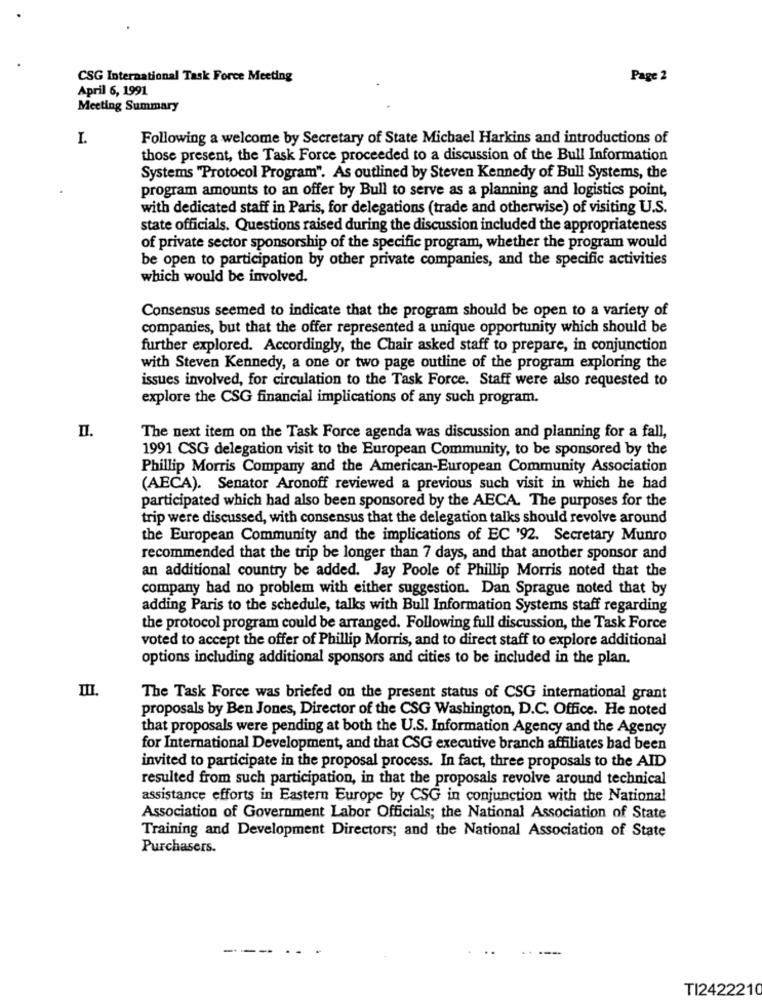
CSG International Task Force Meeting
Page 2
April 6, 1991
Meeting Summary
I.
Following a welcome by Secretary of State Michael Harkins and introductions of
those present, the Task Force proceeded to a discussion of the Bull Information
Systems "Protocol Program". As outlined by Steven Kennedy of Bull Systems, the
program amounts to an offer by Bull to serve as a planning and logistics point,
with dedicated staff in Paris, for delegations (trade and otherwise) of visiting U.S.
state officials. Questions raised during the discussion included the appropriateness
of private sector sponsorship of the specific program, whether the program would
be open to participation by other private companies, and the specific activities
which would be involved.
Consensus seemed to indicate that the program should be open to a variety of
companies, but that the offer represented a unique opportunity which should be
further explored. Accordingly, the Chair asked staff to prepare, in conjunction
with Steven Kennedy, a one or two page outline of the program exploring the
issues involved, for circulation to the Task Force. Staff were also requested to
explore the CSG financial implications of any such program.
The next item on the Task Force agenda was discussion and planning for a fall,
1991 CSG delegation visit to the European Community, to be sponsored by the
Phillip Morris Company and the American-European Community Association
(AECA). Senator Aronoff reviewed a previous such visit in which he had
participated which had also been sponsored by the AECA. The purposes for the
trip were discussed, with consensus that the delegation talks should revolve around
the European Community and the implications of EC '92. Secretary Munro
recommended that the trip be longer than 7 days, and that another sponsor and
an additional country be added. Jay Poole of Phillip Morris noted that the
company had no problem with either suggestion. Dan Sprague noted that by
adding Paris to the schedule, talks with Bull Information Systems staff regarding
the protocol program could be arranged. Following full discussion, the Task Force
voted to accept the offer of Phillip Morris, and to direct staff to explore additional
options including additional sponsors and cities to be included in the plan.
III.
The Task Force was briefed on the present status of CSG international grant
proposals by Ben Jones, Director of the CSG Washington, D.C. Office. He noted
that proposals were pending at both the U.S. Information Agency and the Agency
for International Development, and that CSG executive branch affiliates had been
invited to participate in the proposal process. In fact, three proposals to the AIDD
resulted from such participation, in that the proposals revolve around technical
assistance efforts in Eastern Europe by CSG in conjunction with the National
Association of Government Labor Officials; the National Association of State
Training and Development Directors; and the National Association of State
Purchasers.
TI2422210